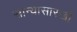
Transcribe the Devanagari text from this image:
सान्यासारखी